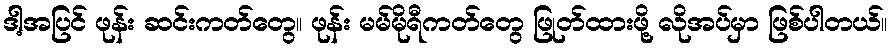
ဒါ့အပြင် ဖုန်း ဆင်းကတ်တွေ၊၊ ဖုန်း မမ်မိုရီကတ်တွေ ဖြုတ်ထားဖို့ လိုအပ်မှာ ဖြစ်ပါတယ်။